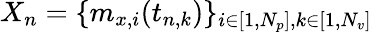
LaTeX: X_{n}=\{ m_{x,i}(t_{n,k})\} _{i\in[1,N_{p}],k\in[1,N_{v}]}